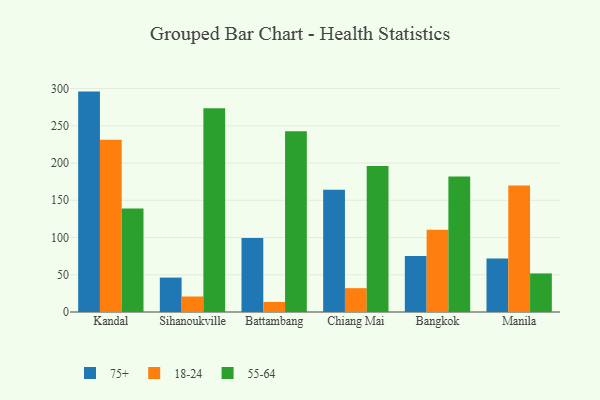
{"axis": {"x": "City", "y": "Backlog"}, "legend": ["18-24", "55-64", "75+"], "data": [{"x": "Kandal", "y": 295.9, "type": "75+"}, {"x": "Kandal", "y": 231.4, "type": "18-24"}, {"x": "Kandal", "y": 139.1, "type": "55-64"}, {"x": "Sihanoukville", "y": 46.2, "type": "75+"}, {"x": "Sihanoukville", "y": 20.8, "type": "18-24"}, {"x": "Sihanoukville", "y": 273.6, "type": "55-64"}, {"x": "Battambang", "y": 99.2, "type": "75+"}, {"x": "Battambang", "y": 13.5, "type": "18-24"}, {"x": "Battambang", "y": 242.5, "type": "55-64"}, {"x": "Chiang Mai", "y": 164.2, "type": "75+"}, {"x": "Chiang Mai", "y": 32.0, "type": "18-24"}, {"x": "Chiang Mai", "y": 196.1, "type": "55-64"}, {"x": "Bangkok", "y": 75.1, "type": "75+"}, {"x": "Bangkok", "y": 110.5, "type": "18-24"}, {"x": "Bangkok", "y": 181.8, "type": "55-64"}, {"x": "Manila", "y": 71.9, "type": "75+"}, {"x": "Manila", "y": 169.8, "type": "18-24"}, {"x": "Manila", "y": 51.8, "type": "55-64"}]}